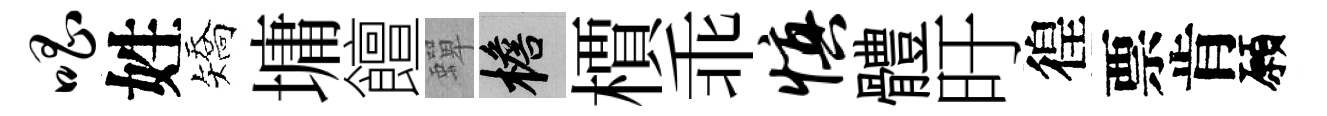
唱姓矯墉饘蟬檐檟乖慎體旴徨票肯願